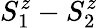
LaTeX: S_{1}^{z}-S_{2}^{z}